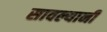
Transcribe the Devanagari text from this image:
सावल्यानी